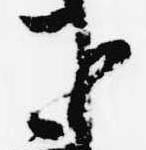
下